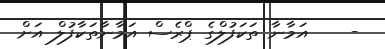
-    އަމާނާ ތަކަފުލްގެ ޕްރެސް އަމާނާތަކާފުލް އަށް